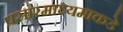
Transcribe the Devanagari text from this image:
प्रसारमाध्यमाकडे